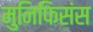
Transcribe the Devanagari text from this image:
मुनिफिसंस